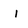
Character: i